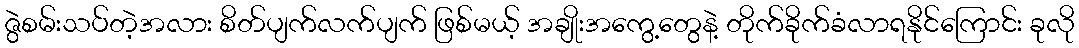
ဇွဲစမ်းသပ်တဲ့အလား စိတ်ပျက်လက်ပျက် ဖြစ်မယ့် အချိုးအကွေ့တွေနဲ့ တိုက်ခိုက်ခံလာရနိုင်ကြောင်း ခုလို